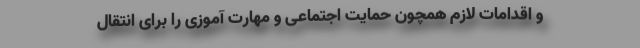
و اقدامات لازم همچون حمایت اجتماعی و مهارت ‌آموزی را برای انتقال